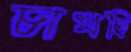
চাখছি